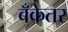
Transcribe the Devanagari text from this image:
बँकेतर